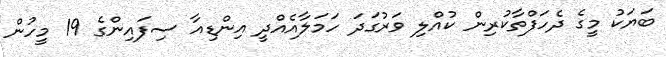
ބަޔަކު މީގެ ދެހަފްތާކުރިން ކުއްލި ވަރުގަދަ ހަމަލާއެއްދީ އިންޑިއާ ސިފައިންގެ 19 މީހުން